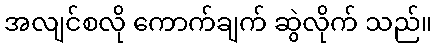
အလျင်စလို ကောက်ချက် ဆွဲလိုက် သည်။